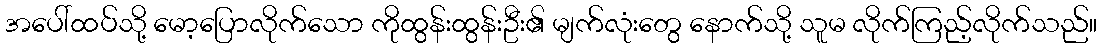
အပေါ်ထပ်သို့ မော့ပြောလိုက်သော ကိုထွန်းထွန်းဦး၏ မျက်လုံးတွေ နောက်သို့ သူမ လိုက်ကြည့်လိုက်သည်။